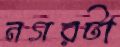
নগরটা